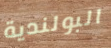
البولندية